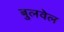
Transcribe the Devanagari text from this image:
बुलवेल